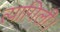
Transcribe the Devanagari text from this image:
त्यागिली।